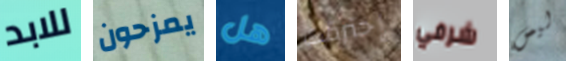
للابد يمزحون هل إحترقت شرفي ليس